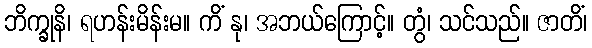
ဘိက္ခုနိ၊ ရဟန်းမိန်းမ။ ကိံ နု၊ အဘယ်ကြောင့်။ တွံ၊ သင်သည်။ ဇာတိံ၊